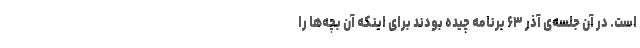
است. در آن جلسه‌ی آذر ۶۳ برنامه چیده بودند برای اینکه آن بچه‌ها را